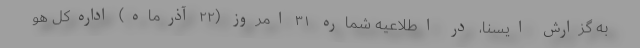
به گزارش ایسنا، در اطلاعیه شماره ۳۱ امروز (۲۲ آذرماه) اداره‌کل هو